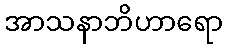
အာသနာဘိဟာရော